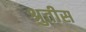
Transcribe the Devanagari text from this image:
श्रुतीस